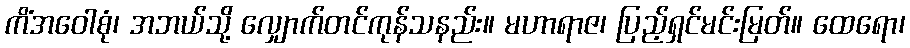
ကိံအဝေါစုံ၊ အဘယ်သို့ လျှောက်တင်ကုန်သနည်း။ မဟာရာဇ၊ ပြည့်ရှင်မင်းမြတ်။ ထေရော၊